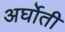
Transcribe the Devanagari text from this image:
अर्घोती